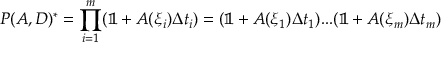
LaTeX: P ( A , D ) ^ { * } = \prod _ { i = 1 } ^ { m } ( \mathbb { 1 } + A ( \xi _ { i } ) \Delta t _ { i } ) = ( \mathbb { 1 } + A ( \xi _ { 1 } ) \Delta t _ { 1 } ) . . . ( \mathbb { 1 } + A ( \xi _ { m } ) \Delta t _ { m } )